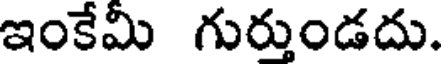
ఇంకేమీ గుర్తుండదు.